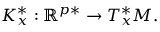
K _ { x } ^ { * } : \mathbb { R } ^ { p * } \to T _ { x } ^ { * } M .